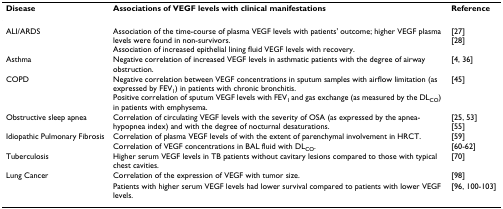
<table><thead><tr><td><b>Disease</b></td><td><b>Associations of VEGF levels with clinical manifestations</b></td><td><b>Reference</b></td></tr></thead><tbody><tr><td>ALI/ARDS</td><td>Association of the time-course of plasma VEGF levels with patients&#x27; outcome; higher VEGF plasma levels were found in non-survivors.Association of increased epithelial lining fluid VEGF levels with recovery.</td><td>[27][28]</td></tr><tr><td>Asthma</td><td>Negative correlation of increased VEGF levels in asthmatic patients with the degree of airway obstruction.</td><td>[4, 36]</td></tr><tr><td>COPD</td><td>Negative correlation between VEGF concentrations in sputum samples with airflow limitation (as expressed by FEV<sub>1</sub>) in patients with chronic bronchitis.Positive correlation of sputum VEGF levels with FEV<sub>1 </sub>and gas exchange (as measured by the DL<sub>CO</sub>) in patients with emphysema.</td><td>[45]</td></tr><tr><td>Obstructive sleep apnea</td><td>Correlation of circulating VEGF levels with the severity of OSA (as expressed by the apnea-hypopnea index) and with the degree of nocturnal desaturations.</td><td>[25, 53][55]</td></tr><tr><td>Idiopathic Pulmonary Fibrosis</td><td>Correlation of plasma VEGF levels of with the extent of parenchymal involvement in HRCT.Correlation of VEGF concentrations in BAL fluid with DL<sub>CO</sub>.</td><td>[59][60-62]</td></tr><tr><td>Tuberculosis</td><td>Higher serum VEGF levels in TB patients without cavitary lesions compared to those with typical chest cavities.</td><td>[70]</td></tr><tr><td>Lung Cancer</td><td>Correlation of the expression of VEGF with tumor size.</td><td>[98]</td></tr><tr><td></td><td>Patients with higher serum VEGF levels had lower survival compared to patients with lower VEGF levels.</td><td>[96, 100-103]</td></tr></tbody></table>